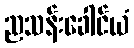
ညသန်းခေါင်ယံ